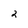
Character: 2